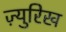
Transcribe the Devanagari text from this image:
ज़्युरिख